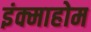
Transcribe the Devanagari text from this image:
इंक्माहोम